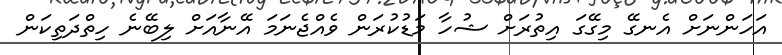
އަހަންނަށް އެނގޭ މިގޭގަ އިތުރަށް ޝުހާ މަޑުކުރަން ވެއްޖެނަމަ އޭނާއަށް ލިބޭނެ ހިތްދަތިކަން